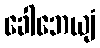
ခေါဘေယျံ